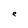
Character: e